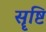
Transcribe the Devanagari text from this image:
सॄष्टि